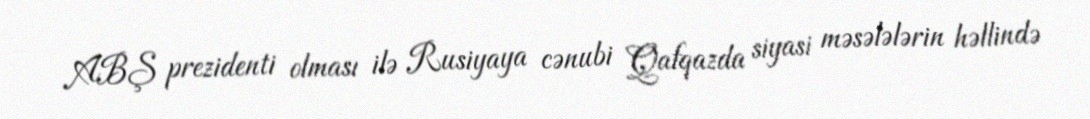
ABŞ prezidenti olması ilə Rusiyaya cənubi Qafqazda siyasi məsələlərin həllində